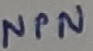
Text: NPN